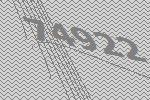
74922